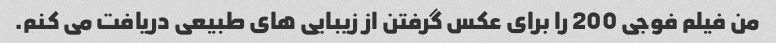
من فیلم فوجی 200 را برای عکس گرفتن از زیبایی های طبیعی دریافت می کنم.